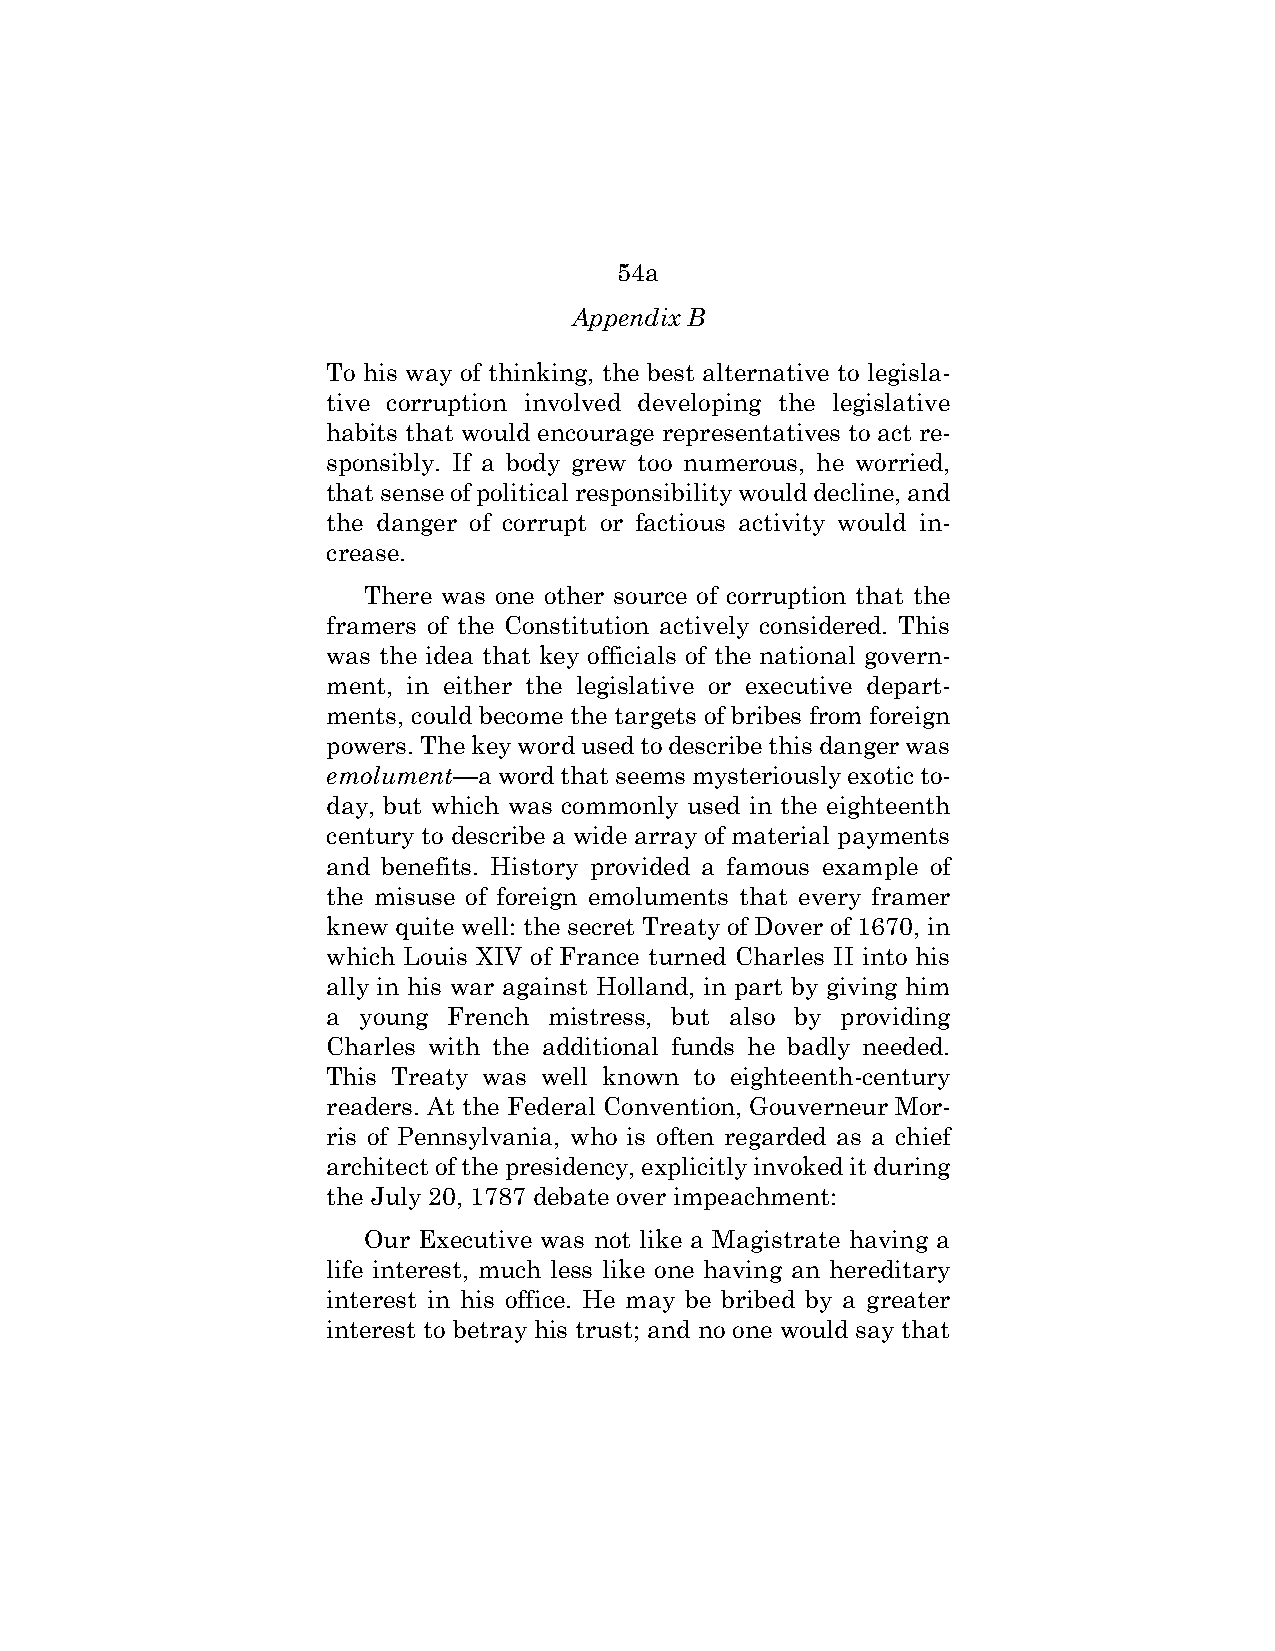
54a
 Appendix B
 To his way of thinking, the best alternative to legisla-
 tive corruption involved developing the legislative
 habits that would encourage representatives to act re-
 sponsibly. If a body grew too numerous, he worried,
 that sense of political responsibility would decline, and
 the danger of corrupt or factious activity would in-
 crease.
 There was one other source of corruption that the
 framers of the Constitution actively considered. This
 was the idea that key officials of the national govern-
 ment, in either the legislative or executive depart-
 ments, could become the targets of bribes from foreign
 powers. The key word used to describe this danger was
 emolument—a word that seems mysteriously exotic to-
 day, but which was commonly used in the eighteenth
 century to describe a wide array of material payments
 and benefits. History provided a famous example of
 the misuse of foreign emoluments that every framer
 knew quite well: the secret Treaty of Dover of 1670, in
 which Louis XIV of France turned Charles II into his
 ally in his war against Holland, in part by giving him
 a young French mistress, but also by providing
 Charles with the additional funds he badly needed.
 This Treaty was well known to eighteenth-century
 readers. At the Federal Convention, Gouverneur Mor-
 ris of Pennsylvania, who is often regarded as a chief
 architect of the presidency, explicitly invoked it during
 the July 20, 1787 debate over impeachment:
 Our Executive was not like a Magistrate having a
 life interest, much less like one having an hereditary
 interest in his office. He may be bribed by a greater
 interest to betray his trust; and no one would say that